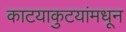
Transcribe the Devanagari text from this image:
काटयाकुटयांमधून